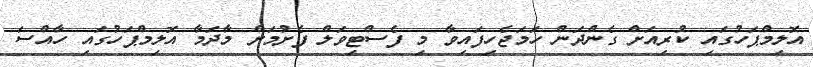
އޮލިމްޕަހުގައި ކުރިއަށް ގެންދަން ހަމަޖެހިފައިވާ މި ފެސްޓިވަލް ފެށުމަށް މާދަމާ އޮލިމްޕަހުގައި ހާއްސަ